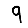
Digit: 9